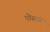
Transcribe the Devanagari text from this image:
पोस्टचे